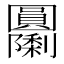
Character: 𭍹